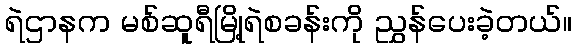
ရဲဌာနက မစ်ဆူရီမြို့ရဲစခန်းကို ညွှန်ပေးခဲ့တယ်။